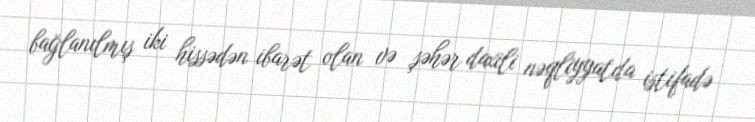
bağlanılmış iki hissədən ibarət olan və şəhər daxili nəqliyyatda istifadə